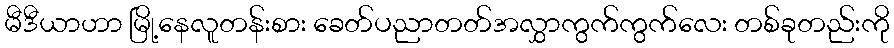
မီဒီယာဟာ မြို့နေလူတန်းစား ခေတ်ပညာတတ်အလွှာကွက်ကွက်လေး တစ်ခုတည်းကို